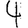
Digit: 4